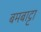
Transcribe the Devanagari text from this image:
बमबाट्टा